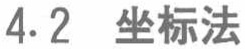
4.2 坐标法